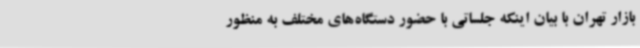
بازار تهران با بیان اینکه جلساتی با حضور دستگاه‌های مختلف به منظور